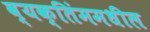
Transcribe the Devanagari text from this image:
व्यक्तिंममधील